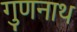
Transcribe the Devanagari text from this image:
गुणनाथ